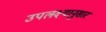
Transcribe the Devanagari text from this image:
उपलक्ष्यानुसार